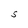
Character: S